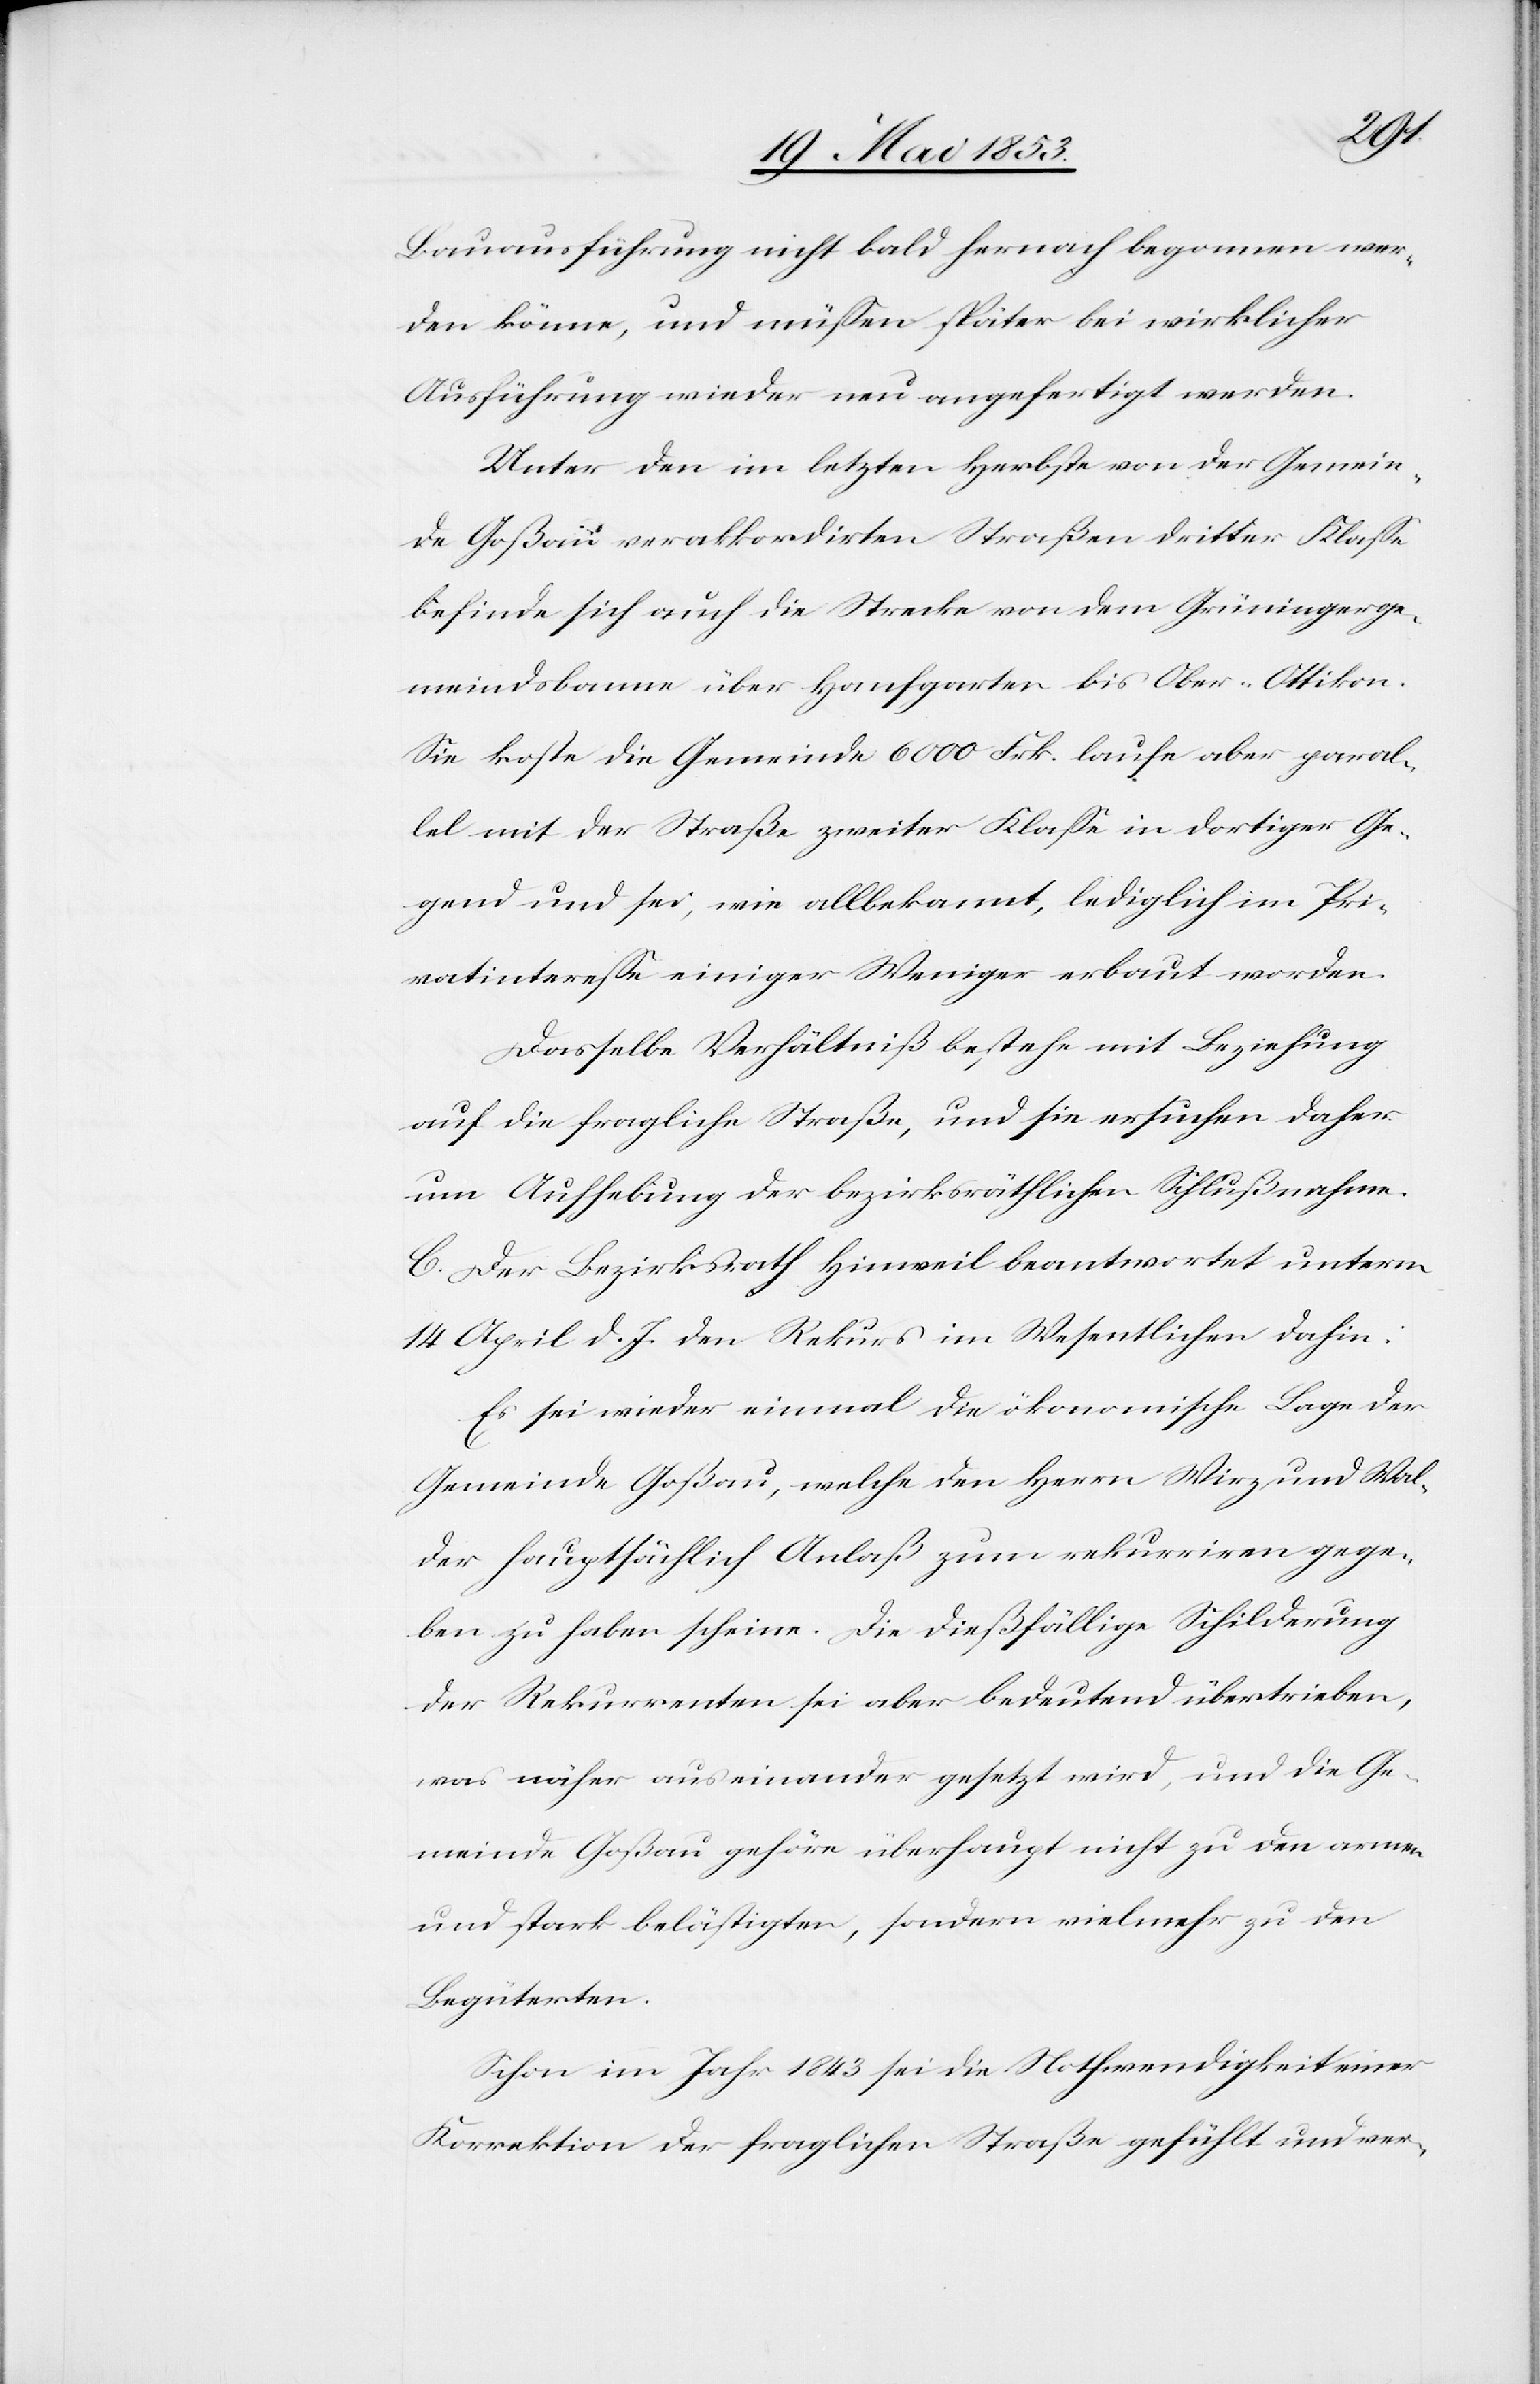
Bauunterführung nicht bald hernach begonnen wer¬
den könne, und müßen später bei wirklicher
Ausführung wieder neu angefertigt werden.
Unter den im letzten Herbste von der Gemein¬
de Goßau verakkordirten Straßen dritter Klaße
befinde sich auch die Strecke von dem Grüningerge¬
meindsbanne über Hanfgarten bis Ober-Ottikon.
Sie koste die Gemeinde 600 Frk. laufe aber paral¬
lel mit der Straße zweiter Klaße in dortiger Ge¬
gend und sei, wie allbekannt, lediglich im Pri¬
vatintereße einiger Weniger erbaut worden.
Dasselbe Verhältniß bestehe mit Beziehung
auf die fragliche Straße, und sie ersuchen daher
um Aufhebung der bezirksräthlichen Schlußnahme.
E. Der Bezirksrath Hinweil beantwortet unterm
14 April d. J. den Rekurs im Wesentlichen dahin:
Es sei wieder einmal die ökonomische Lage der
Gemeinde Goßau, welche den Herrn Wirz und Wal¬
der hauptsächlich Anlaß zum rekurriren gege¬
ben zu haben scheine. Die dießfällige Schilderung
der Rekurrenten sei aber bedeutend übertrieben,
was näher auseinander gesetzt wird, und die Ge¬
meinde Goßau gehöre überhaupt nicht zu den armen
und stark belästigten, sondern vielmehr zu den
Begüterten.
Schon im Jahr 1843 sei die Nothwendigkeit einer
Korrektion der fraglichen Straße gefühlt und ver-